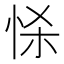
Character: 𢘹